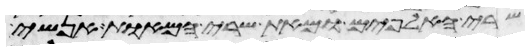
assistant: שרי האלפים ומאת שרי המאות אנשי